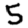
Digit: 5